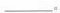
___。